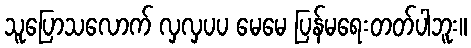
သူပြောသလောက် လှလှပပ မေမေ ပြန်မရေးတတ်ပါဘူး။